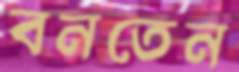
বনতেন